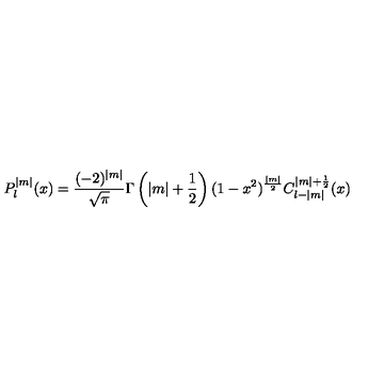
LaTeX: P _ { l } ^ { | m | } ( x ) = \frac { ( - 2 ) ^ { | m | } } { \sqrt { \pi } } \Gamma \left( | m | + \frac { 1 } { 2 } \right) ( 1 - x ^ { 2 } ) ^ { \frac { | m | } { 2 } } C _ { l - | m | } ^ { | m | + \frac { 1 } { 2 } } ( x )